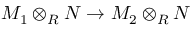
M _ { 1 } \otimes _ { R } N \to M _ { 2 } \otimes _ { R } N